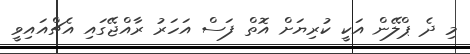
މި ދެ ޕްލޭން އަކީ ކުރިޔަށް އޮތް ފަސް އަހަރު ރާއްޖޭގައި އެޗްއައިވީ